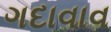
ગદાવાવ